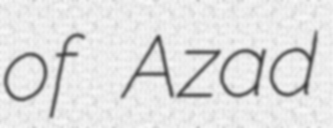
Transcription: of Azad